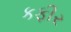
કફીર